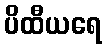
ပိထီယရေ